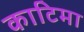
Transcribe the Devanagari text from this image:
काटिमा